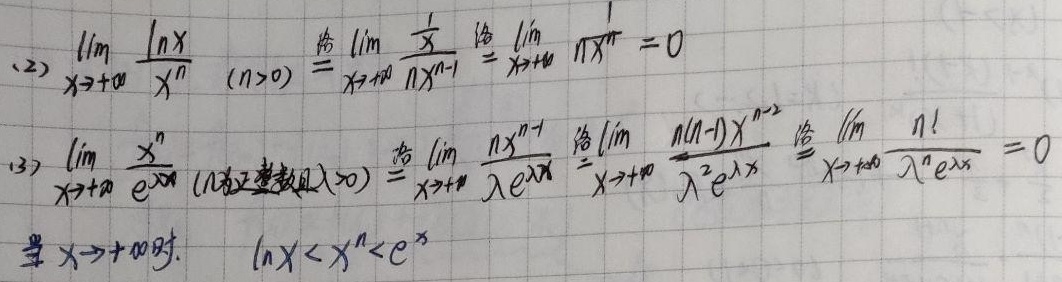
(2) 当\(n>0\)时，\(\lim_{x \to +\infty} \frac{\ln x}{x^n} \overset{\text{洛}}{=} \lim_{x \to +\infty} \frac{\frac{1}{x}}{nx^{n - 1}} \overset{\text{洛}}{=} \lim_{x \to +\infty} \frac{1}{nx^n}=0\)

(3) 当\(n\)为正整数且\(\lambda>0\)时，\(\lim_{x \to +\infty} \frac{x^n}{e^{\lambda x}} \overset{\text{洛}}{=} \lim_{x \to +\infty} \frac{nx^{n - 1}}{\lambda e^{\lambda x}} \overset{\text{洛}}{=} \lim_{x \to +\infty} \frac{n(n - 1)x^{n - 2}}{\lambda^2 e^{\lambda x}} \overset{\text{洛}}{=} \lim_{x \to +\infty} \frac{n!}{\lambda^n e^{\lambda x}} = 0\)

当\(x \to +\infty\)时，\(\ln x<x^n<e^x\)